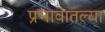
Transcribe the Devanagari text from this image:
प्रभावातल्या